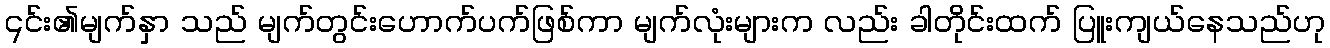
၎င်း၏မျက်နှာ သည် မျက်တွင်းဟောက်ပက်ဖြစ်ကာ မျက်လုံးများက လည်း ခါတိုင်းထက် ပြူးကျယ်နေသည်ဟု